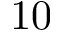
1 0